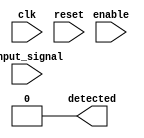
module MemoryBlocksSamplingDelayLineDetector #(
    parameter NUM_BLOCKS = 8, // Number of memory blocks
    parameter DATA_WIDTH = 1,  // Width of the input signal
    parameter PATTERN = 8'b10101010 // Example pattern to detect
)(
    input wire clk,              // Clock signal
    input wire reset,            // Reset signal
    input wire enable,           // Enable signal for sampling
    input wire [DATA_WIDTH-1:0] input_signal, // Input signal to monitor
    output reg detected          // Detection output signal
);

    // Memory blocks to store sampled values
    reg [DATA_WIDTH-1:0] memory [0:NUM_BLOCKS-1];
    integer i;

    // Sampling mechanism
    always @(posedge clk or posedge reset) begin
        if (reset) begin
            // Clear memory blocks on reset
            for (i = 0; i < NUM_BLOCKS; i = i + 1) begin
                memory[i] <= 0;
            end
            detected <= 0; // Reset detection signal
        end else if (enable) begin
            // Shift the memory blocks to create a delay line
            for (i = NUM_BLOCKS-1; i > 0; i = i - 1) begin
                memory[i] <= memory[i-1];
            end
            // Store the current input signal in the first memory block
            memory[0] <= input_signal;
        end
    end

    // Comparator logic to detect the specific pattern
    always @(*) begin
        detected = 0; // Default to not detected
        // Check for the pattern in the memory blocks
        for (i = 0; i < NUM_BLOCKS; i = i + 1) begin
            if (memory[i] == PATTERN) begin
                detected = 1; // Set detected if pattern is found
            end
        end
    end

endmodule